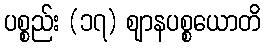
ပစ္စည်း (၁၇) ဈာနပစ္စယောတိ